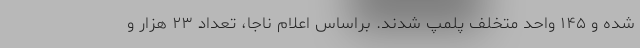
شده و ۱۴۵ واحد متخلف پلمپ شدند. براساس اعلام ناجا، تعداد ۲۳ هزار و